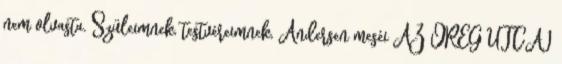
nem olvasta. Szüleimnek, testvéreimnek, Andersen meséi AZ ÖREG UTCAI